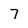
Character: 7